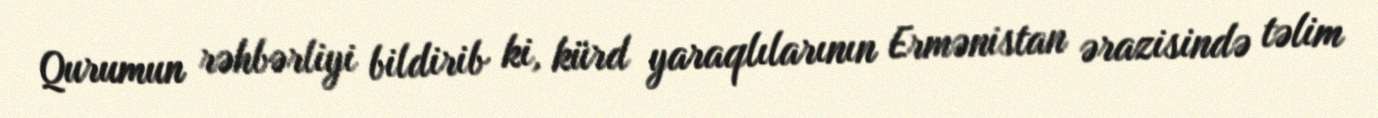
Qurumun rəhbərliyi bildirib ki, kürd yaraqlılarının Ermənistan ərazisində təlim